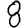
Digit: 8